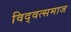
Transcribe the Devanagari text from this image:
विद्‍वत्समाज